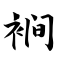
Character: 裥